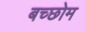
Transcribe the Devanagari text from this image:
बच्छोम